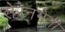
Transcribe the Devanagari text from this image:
सेरेनगेती